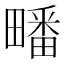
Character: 𭻱